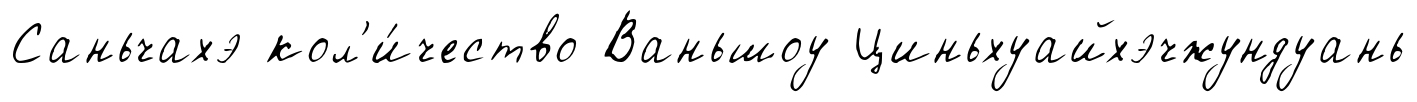
Саньчахэ кол'и́чество Ваньшоу Циньхуайхэчжундуань